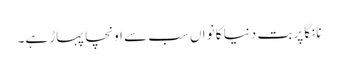
نانگا پربت دنیا کا نواں سب سے اونچا پہاڑ ہے۔